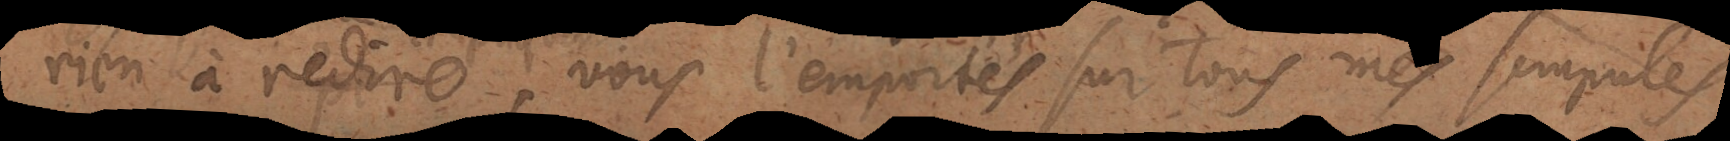
rien à redire,, vous l’emportés sur tous mes scrupules,